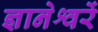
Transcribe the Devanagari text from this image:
ज्ञानेश्वरें